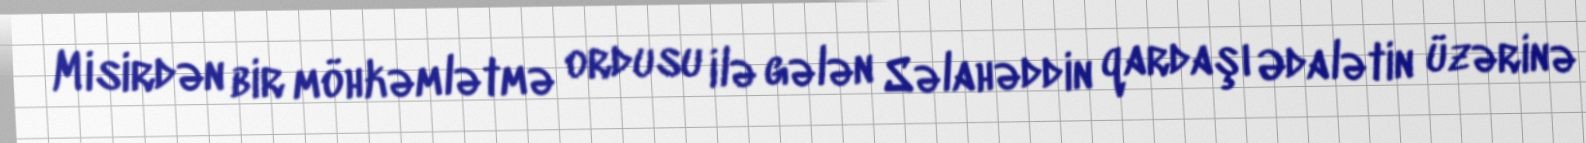
Misirdən bir möhkəmlətmə ordusu ilə gələn Səlahəddin qardaşı Ədalətin üzərinə